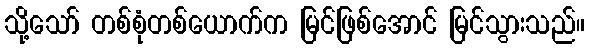
သို့သော် တစ်စုံတစ်ယောက်က မြင်ဖြစ်အောင် မြင်သွားသည်။